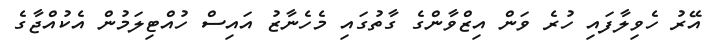
އޭރު ހެވިލާފައި ހުރެ ވަން އިޒްވާންގެ ގާތުގައި މެހެނާޒު އައިސް ހުއްޓިލަމުން އެކުއްޖާގެ